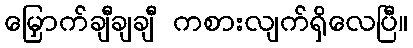
မြှောက်ချီချချီ ကစားလျက်ရှိလေပြီ။